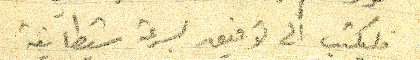
فليكتب الى توفيق بسرعة شيطانية